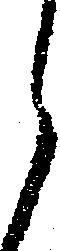
候